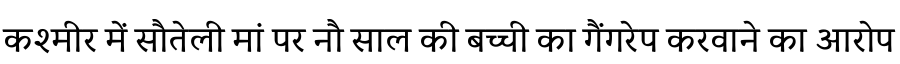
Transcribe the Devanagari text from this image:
कश्मीर में सौतेली मां पर नौ साल की बच्ची का गैंगरेप करवाने का आरोप